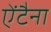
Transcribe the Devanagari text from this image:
ऐंटैना